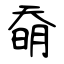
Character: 奣